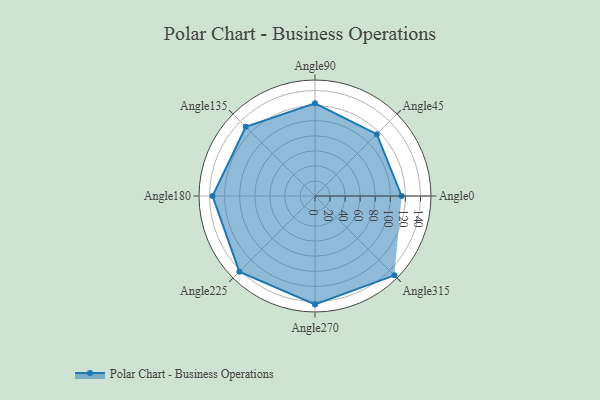
{"axis": {"x": "Angle", "y": "Radius"}, "legend": [""], "data": [{"x": "Angle0", "y": 115.0, "type": ""}, {"x": "Angle45", "y": 116.0, "type": ""}, {"x": "Angle90", "y": 123.0, "type": ""}, {"x": "Angle135", "y": 130.0, "type": ""}, {"x": "Angle180", "y": 136.0, "type": ""}, {"x": "Angle225", "y": 142.0, "type": ""}, {"x": "Angle270", "y": 144.0, "type": ""}, {"x": "Angle315", "y": 149.0, "type": ""}]}